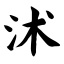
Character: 沭